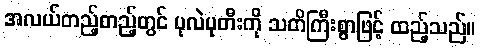
အလယ်တည့်တည့်တွင် ပုလဲပုတီးကို သတိကြီးစွာဖြင့် ထည့်သည်။